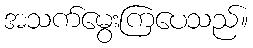
အသက်မွေးကြပေသည်။